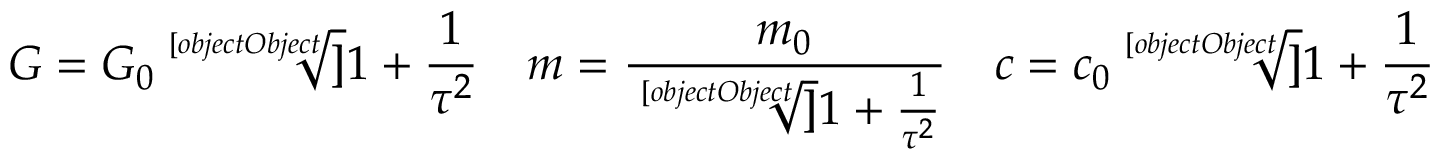
G = G _ { 0 } { \sqrt [ [object Object] ] { 1 + { \frac { 1 } { \tau ^ { 2 } } } } } \quad m = { \frac { m _ { 0 } } { \sqrt [ [object Object] ] { 1 + { \frac { 1 } { \tau ^ { 2 } } } } } } \quad c = c _ { 0 } { \sqrt [ [object Object] ] { 1 + { \frac { 1 } { \tau ^ { 2 } } } } }